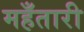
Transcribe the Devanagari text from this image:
महँतारी